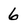
Character: 6